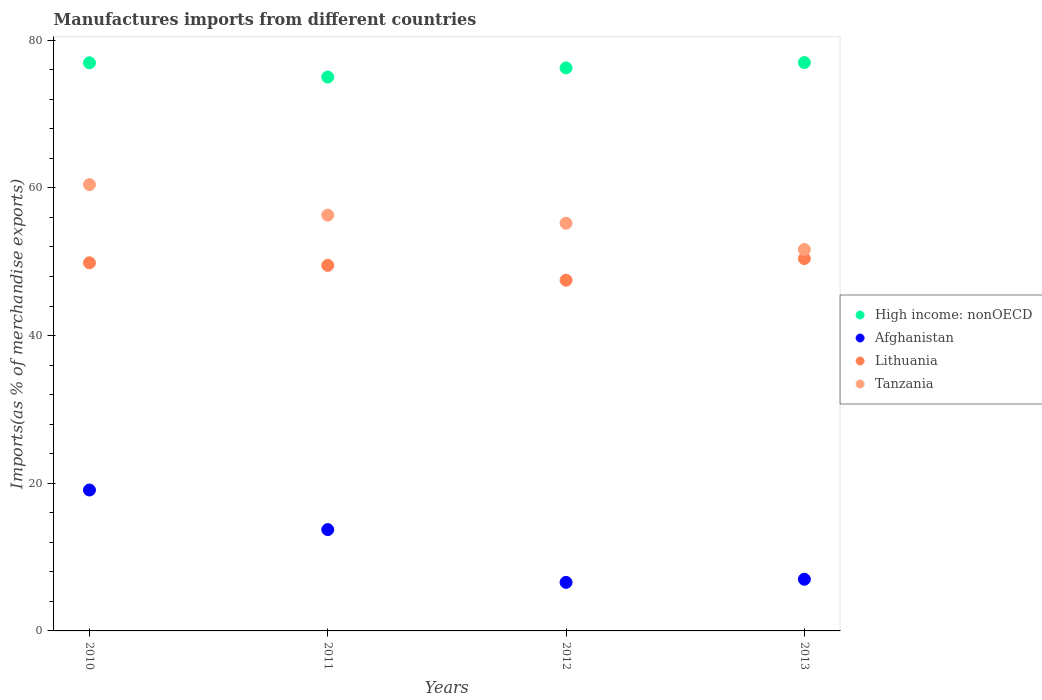
| Years | High income: nonOECD | Afghanistan | Lithuania | Tanzania |
 | --- | --- | --- | --- | --- |
 | 2010 | 76.9 | 19.1 | 49.9 | 60.4 |
 | 2011 | 75 | 13.7 | 49.5 | 56.3 |
 | 2012 | 76.3 | 6.57 | 47.5 | 55.2 |
 | 2013 | 77 | 7 | 50.4 | 51.7 |